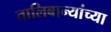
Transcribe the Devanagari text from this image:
तालिबान्यांच्या